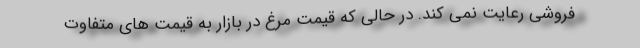
فروشی رعایت نمی کند. در حالی که قیمت مرغ در بازار به قیمت های متفاوت